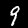
Digit: 9